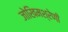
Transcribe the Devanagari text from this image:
जोखिमश्रेणी